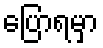
ပြောရမှာ